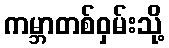
ကမ္ဘာတစ်ဝှမ်းသို့